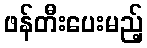
ဖန်တီးပေးမည့်